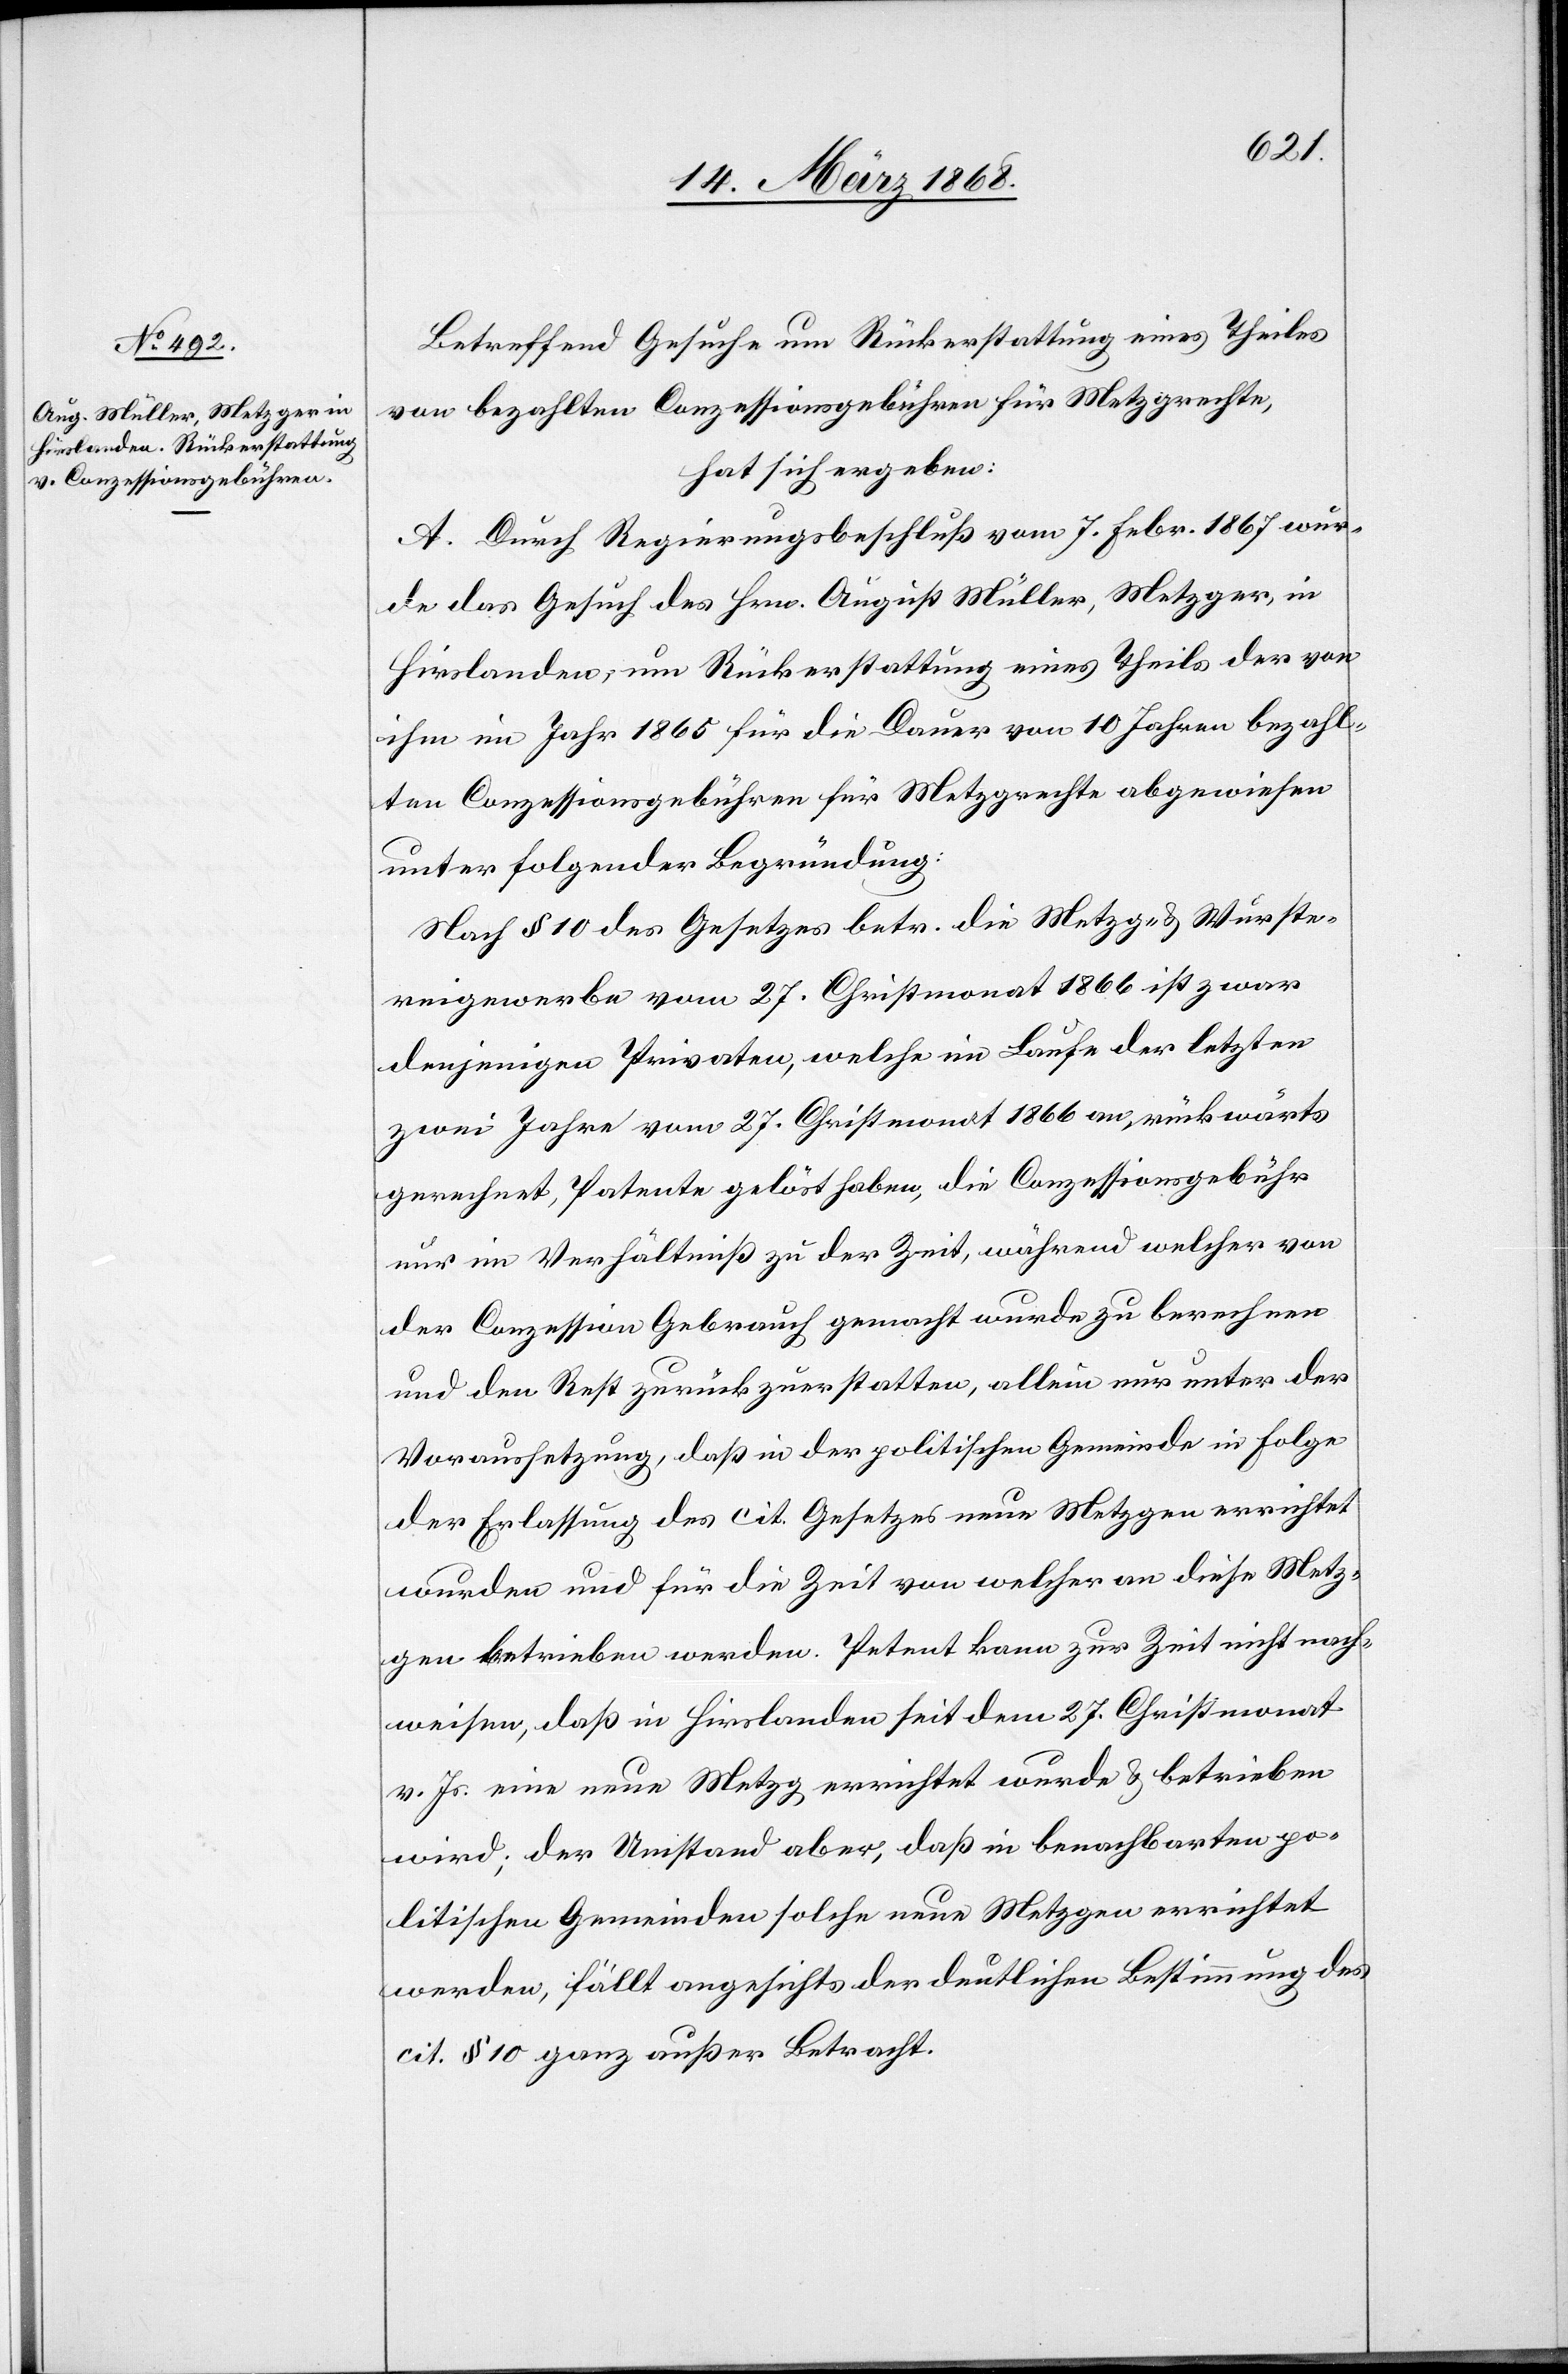
Betreffend Gesuche um Rückerstattung eines Theiles
von bezahlten Conzessionsgebühren für Metzgrechte,
hat sich ergeben:
A. Durch Regierungsbeschluß vom 7. Febr. 1867 wur¬
de das Gesuch des Hrn. August Müller, Metzger, in
Hirslanden, um Rückerstattung eines Theils der von
ihm im Jahr 1865 für die Dauer von 10 Jahren bezahl¬
ten Conzessionsgebühren für Metzgrechte abgewiesen
unter folgender Begründung:
Nach § 10 des Gesetzes betr. die Metzg- & Wurste¬
reigewerbe vom 27. Christmonat 1866 ist zwar
denjenigen Privaten, welche im Laufe der letzten
zwei Jahre vom 27. Christmonat 1866 an, rückwärts
gerechnet, Patente gelöst haben, die Conzessionsgebühr
nur im Verhältniß zu der Zeit, während welcher von
der Conzession Gebrauch gemacht wurde zu berechnen
und den Rest zurückzuerstatten, allein nur unter der
Voraussetzung, daß in der politischen Gemeinde in Folge
der Erlassung des cit. Gesetzes neue Metzgen errichtet
wurden und für die Zeit von welcher an diese Metz¬
gen betrieben werden. Petent kann zur Zeit nicht nach¬
weisen, daß in Hirslanden seit dem 27. Christmonat
v. Js. eine neue Metzg errichtet wurde & betrieben
wird; der Umstand aber, daß in benachbarten po¬
litischen Gemeinden solche neue Metzgen errichtet
werden, fällt angesichts der deutlichen Bestimmung des
cit. § 10 ganz außer Betracht.